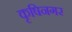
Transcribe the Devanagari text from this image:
कृषिनगर